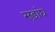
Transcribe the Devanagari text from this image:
सड़ांघ